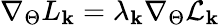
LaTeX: \nabla_{\Theta}L_{\mathbf{k}}=\lambda_{\mathbf{k}}\nabla_{\Theta}\mathcal{{L}}_{\mathbf{k}}